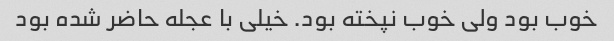
خوب بود ولی خوب نپخته بود. خیلی با عجله حاضر شده بود